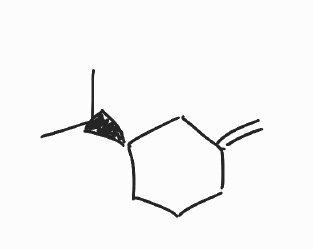
Simplified molecular-input line-entry system (SMILES) notation of the given molecule:
CC(C)[C@@H]1CCCC(=C)C1